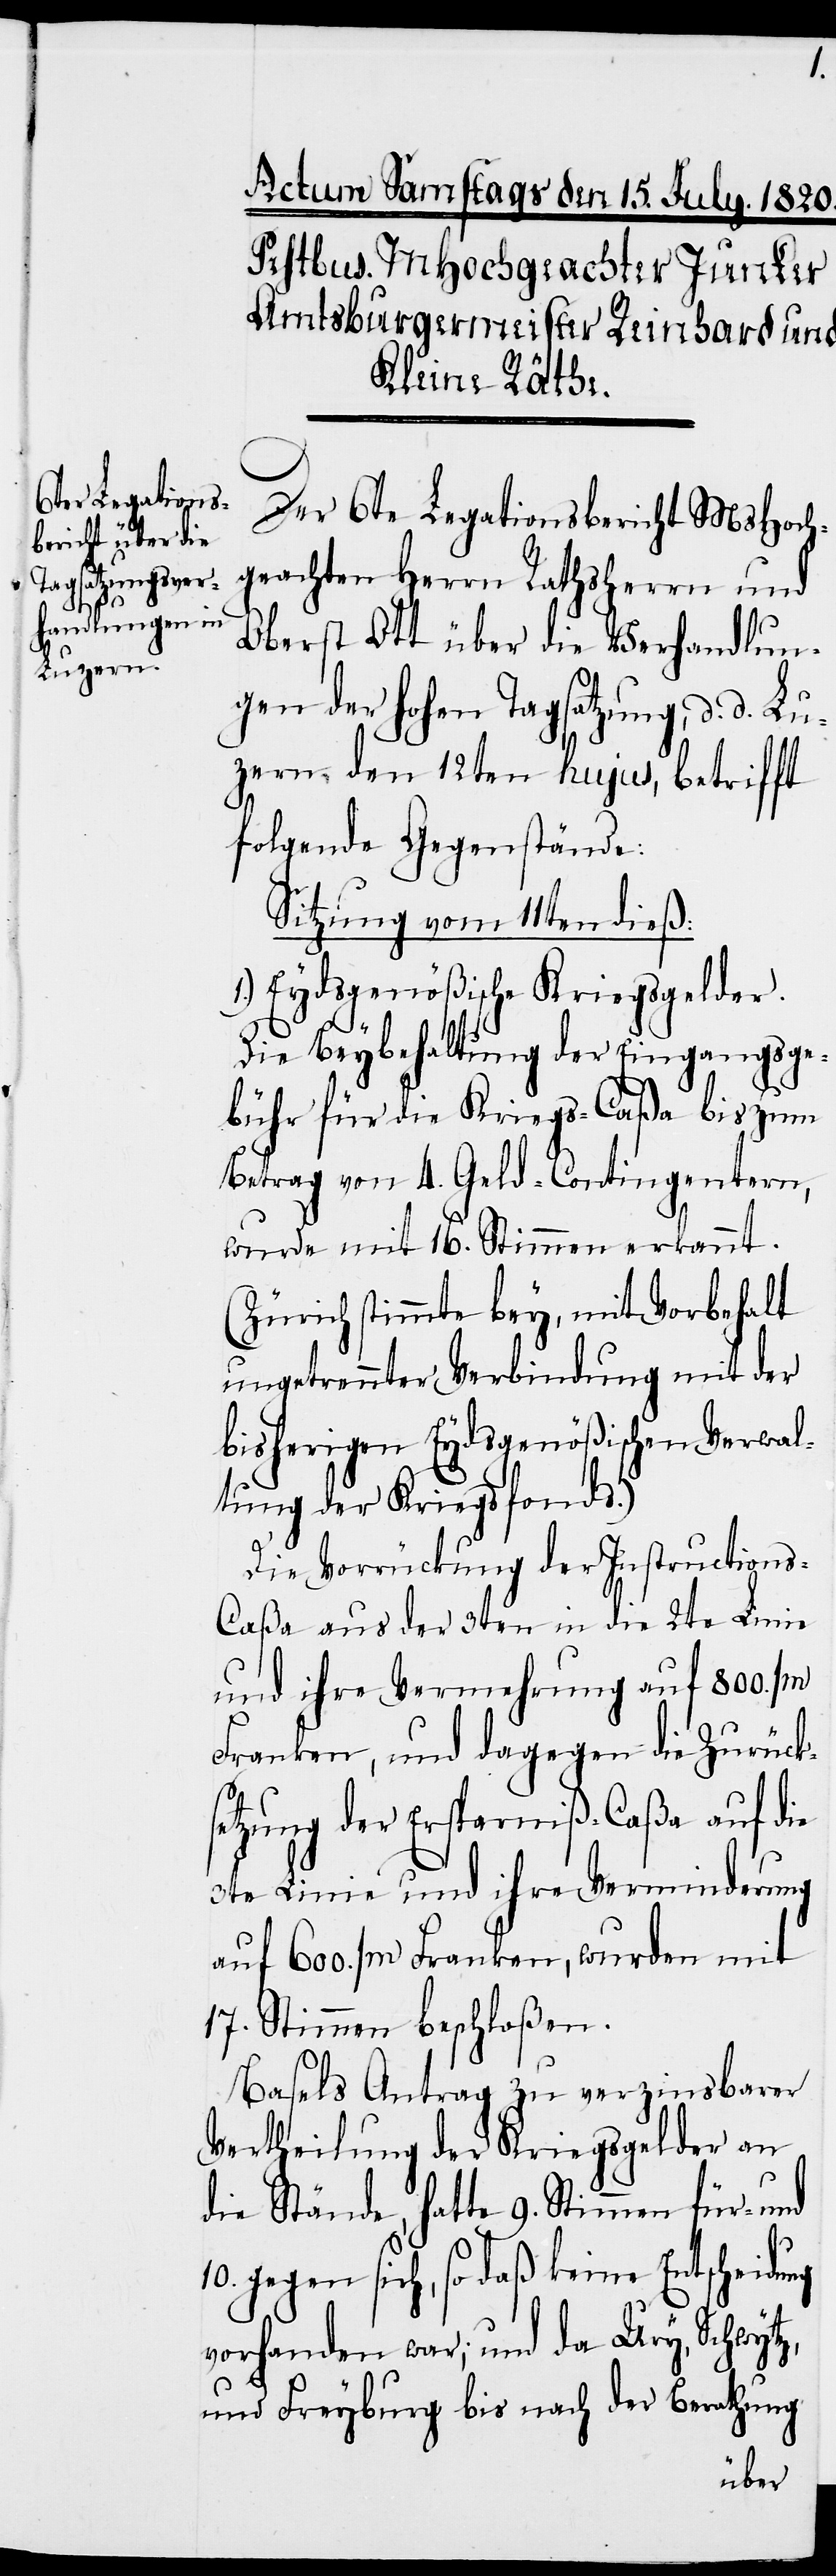
Der 6te Legationsbericht MsHoch¬
geachten Herrn Rathsherrn und
Oberst Ott über die Verhandlun¬
gen der hohen Tagsatzung, d. d. Lu¬
zern den 12ten hujus, betrifft
folgende Gegenstände:
Sitzung vom 11ten dieß:
1.) Eydsgenößische Kriegsgelder.
Die Beybehaltung der Eingangsge¬
bühr für die Kriegs-Caßa bis zum
Betrag von 4. Geld-Contigentern,
wurde mit 16. Stimmen erkannt.
(Zürich stimmte bey, mit Vorbehalt
ungetrennter Verbindung mit der
bisherigen Eydsgenößischen Verwal¬
tung der Kriegsfonds.)
Die Vorrückung der Instruction¬
s-Caßa aus der 3ten in die 2te Linie
und ihre Vermehrung auf 800.000
Franken, und dagegen die Zurücks¬
etzung der Ersparniß-Caßa auf die
3te Linie und ihre Verminderung
auf 600.000 Franken, wurden mit
17. Stimmen beschloßen.
Basels Antrag zu verzinsbarer
Vertheilung der Kriegsgelder an
die Stände, hatte 9. Stimmen für- und
10. gegen sich, so daß keine Entscheidung
vorhanden war; und da Ury, Schwytz,
und Freyburg bis nach der Berathung